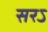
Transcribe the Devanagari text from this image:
सरऽ